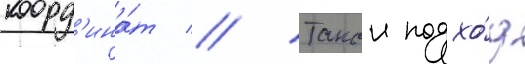
коорд'ина́т // Такои подхо́д